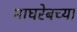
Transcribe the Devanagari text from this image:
माघरेबच्या